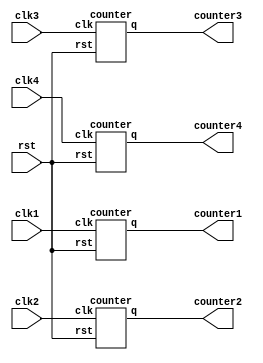
`timescale 1ns / 1ps
`ifndef TESTBENC
  `define size 32
`endif

module bit32_up_counter (clk1,clk2,clk3,clk4,counter1,counter2,counter3,counter4,rst);

  input clk1,clk2,clk3,clk4;
  input rst;
  output [`size-1:0] counter1,counter2,counter3,counter4;

  counter counter1_dut(.clk(clk1),.rst(rst),.q(counter1));
  counter counter2_dut(.clk(clk2),.rst(rst),.q(counter2));
  counter counter3_dut(.clk(clk3),.rst(rst),.q(counter3));
  counter counter4_dut(.clk(clk4),.rst(rst),.q(counter4));

endmodule 

module counter (clk, q, rst);

  input clk;
  input rst;
  output reg [`size-1:0] q;
  
  always @ (posedge clk)
    begin
        if(rst)
    q <= 32'b00000000000000000000000000000000;
    else
    q <= q + 1;
  end

endmodule